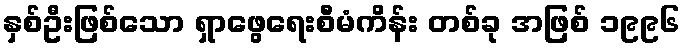
နှစ်ဦးဖြစ်သော ရှာဖွေရေးစီမံကိန်း တစ်ခု အဖြစ် ၁၉၉၆